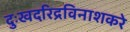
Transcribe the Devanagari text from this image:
दुःखदरिद्रविनाशकरे